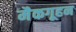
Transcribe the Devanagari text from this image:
मैकगूहन